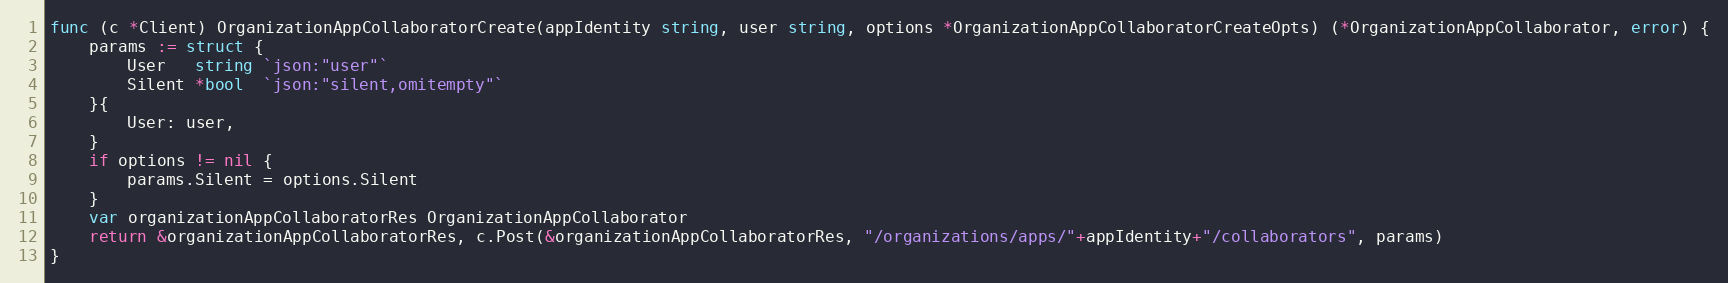
Language: Go
func (c *Client) OrganizationAppCollaboratorCreate(appIdentity string, user string, options *OrganizationAppCollaboratorCreateOpts) (*OrganizationAppCollaborator, error) {
	params := struct {
		User   string `json:"user"`
		Silent *bool  `json:"silent,omitempty"`
	}{
		User: user,
	}
	if options != nil {
		params.Silent = options.Silent
	}
	var organizationAppCollaboratorRes OrganizationAppCollaborator
	return &organizationAppCollaboratorRes, c.Post(&organizationAppCollaboratorRes, "/organizations/apps/"+appIdentity+"/collaborators", params)
}